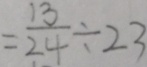
= \frac { 1 3 } { 2 4 } \div 2 3